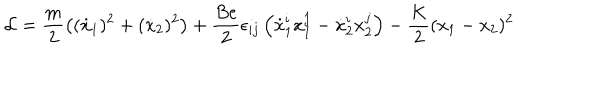
{ \cal L } = \frac { m } { 2 } \left( ( \dot { x } _ { 1 } ) ^ { 2 } + ( \dot { x } _ { 2 } ) ^ { 2 } \right) + \frac { B e } { 2 } \epsilon _ { i j } \left( \dot { x } _ { 1 } ^ { i } x _ { 1 } ^ { j } - \dot { x } _ { 2 } ^ { i } x _ { 2 } ^ { j } \right) - \frac { K } { 2 } ( x _ { 1 } - x _ { 2 } ) ^ { 2 }